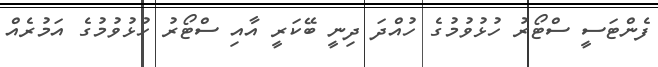
ފެންޓަސީ ސްޓޯރު ހުޅުވުމުގެ ހުއްދަ ދިނީ ބޭކަރީ އާއި ސްޓޯރު ހުޅުވުމުގެ އަމުރެއް